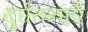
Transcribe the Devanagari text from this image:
दुर्घतनाएँ